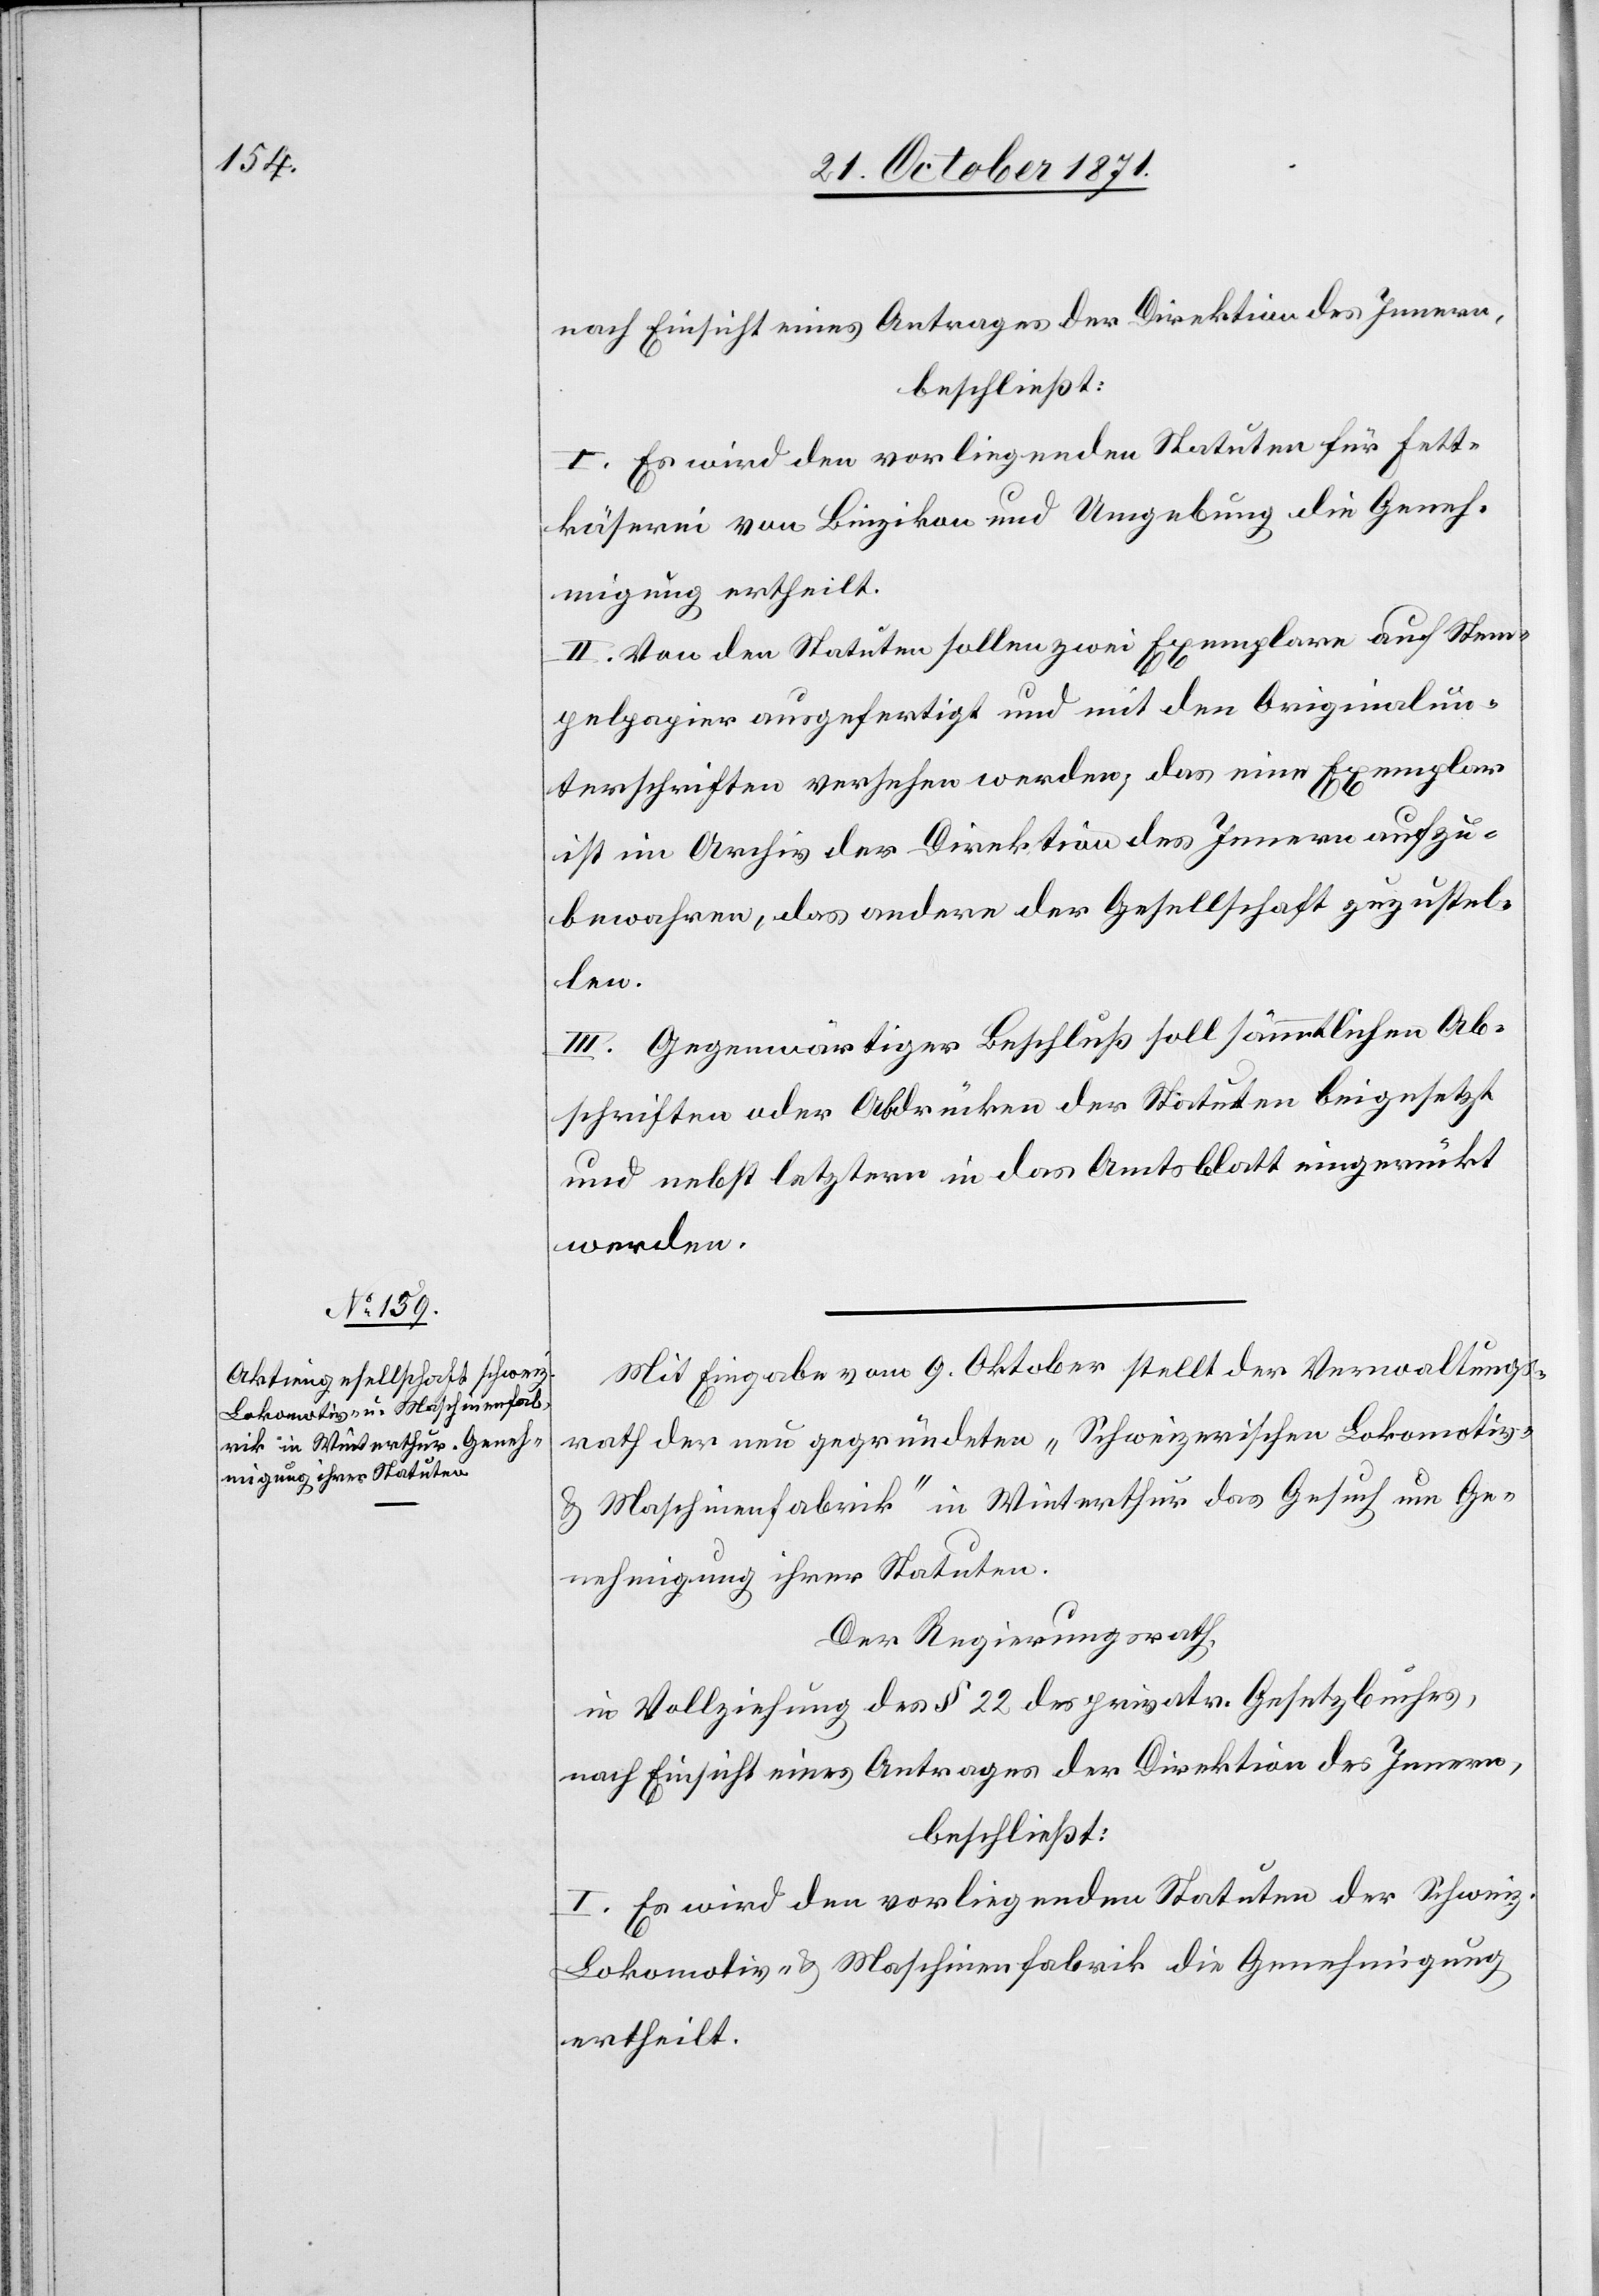
nach Einsicht eines Antrages der Direktion des Innern,
beschließt:
I. Es wird den vorliegenden Statuten für Fett¬
käserei von Binzikon und Umgebung die Geneh¬
migung ertheilt.
II. Von den Statuten sollen zwei Exemplare auf Stem¬
pelpapier ausgefertigt und mit den Originalun¬
terschriften versehen werden, das eine Exemplar
ist im Archiv der Direktion des Innern aufzu¬
bewahren, das andere der Gesellschaft zuzustel¬
len.
III. Gegenwärtiger Beschluß soll sämmtlichen Ab¬
schriften oder Abdrücken der Statuten beigesetzt
und nebst letztern in das Amtsblatt eingerückt
werden.
Mit Eingabe vom 9. Oktober stellt der Verwaltungs¬
rath der neu gegründeten „Schweizerischen Lokomotiv-
& Maschinenfabrik“ in Winterthur das Gesuch um Ge¬
nehmigung ihrer Statuten.
Der Regierungsrath,
in Vollziehung des § 22 des privat. Gesetzbuches,
nach Einsicht eines Antrages der Direktion des Innern,
beschließt:
I. Es wird den vorliegenden Statuten der Schweiz.
Lokomotiv- & Maschinenfabrik die Genehmigung
ertheilt.